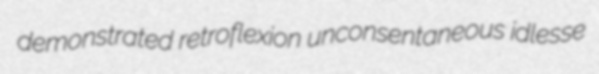
demonstrated retroflexion unconsentaneous idlesse